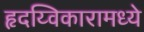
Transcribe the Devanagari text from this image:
हृदय्विकारामध्ये